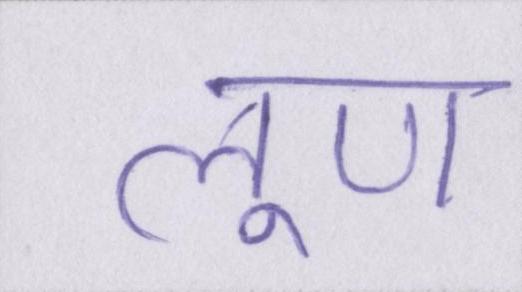
लूण